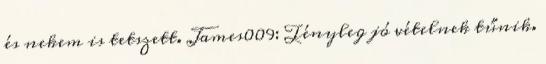
és nekem is tetszett. James009: Tényleg jó vételnek tűnik.